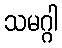
သမဂ္ဂါ